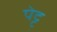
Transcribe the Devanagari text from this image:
पेट्ट्